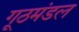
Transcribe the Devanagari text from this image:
गूठमंडल